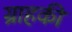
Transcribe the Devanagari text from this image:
ग्राहकी